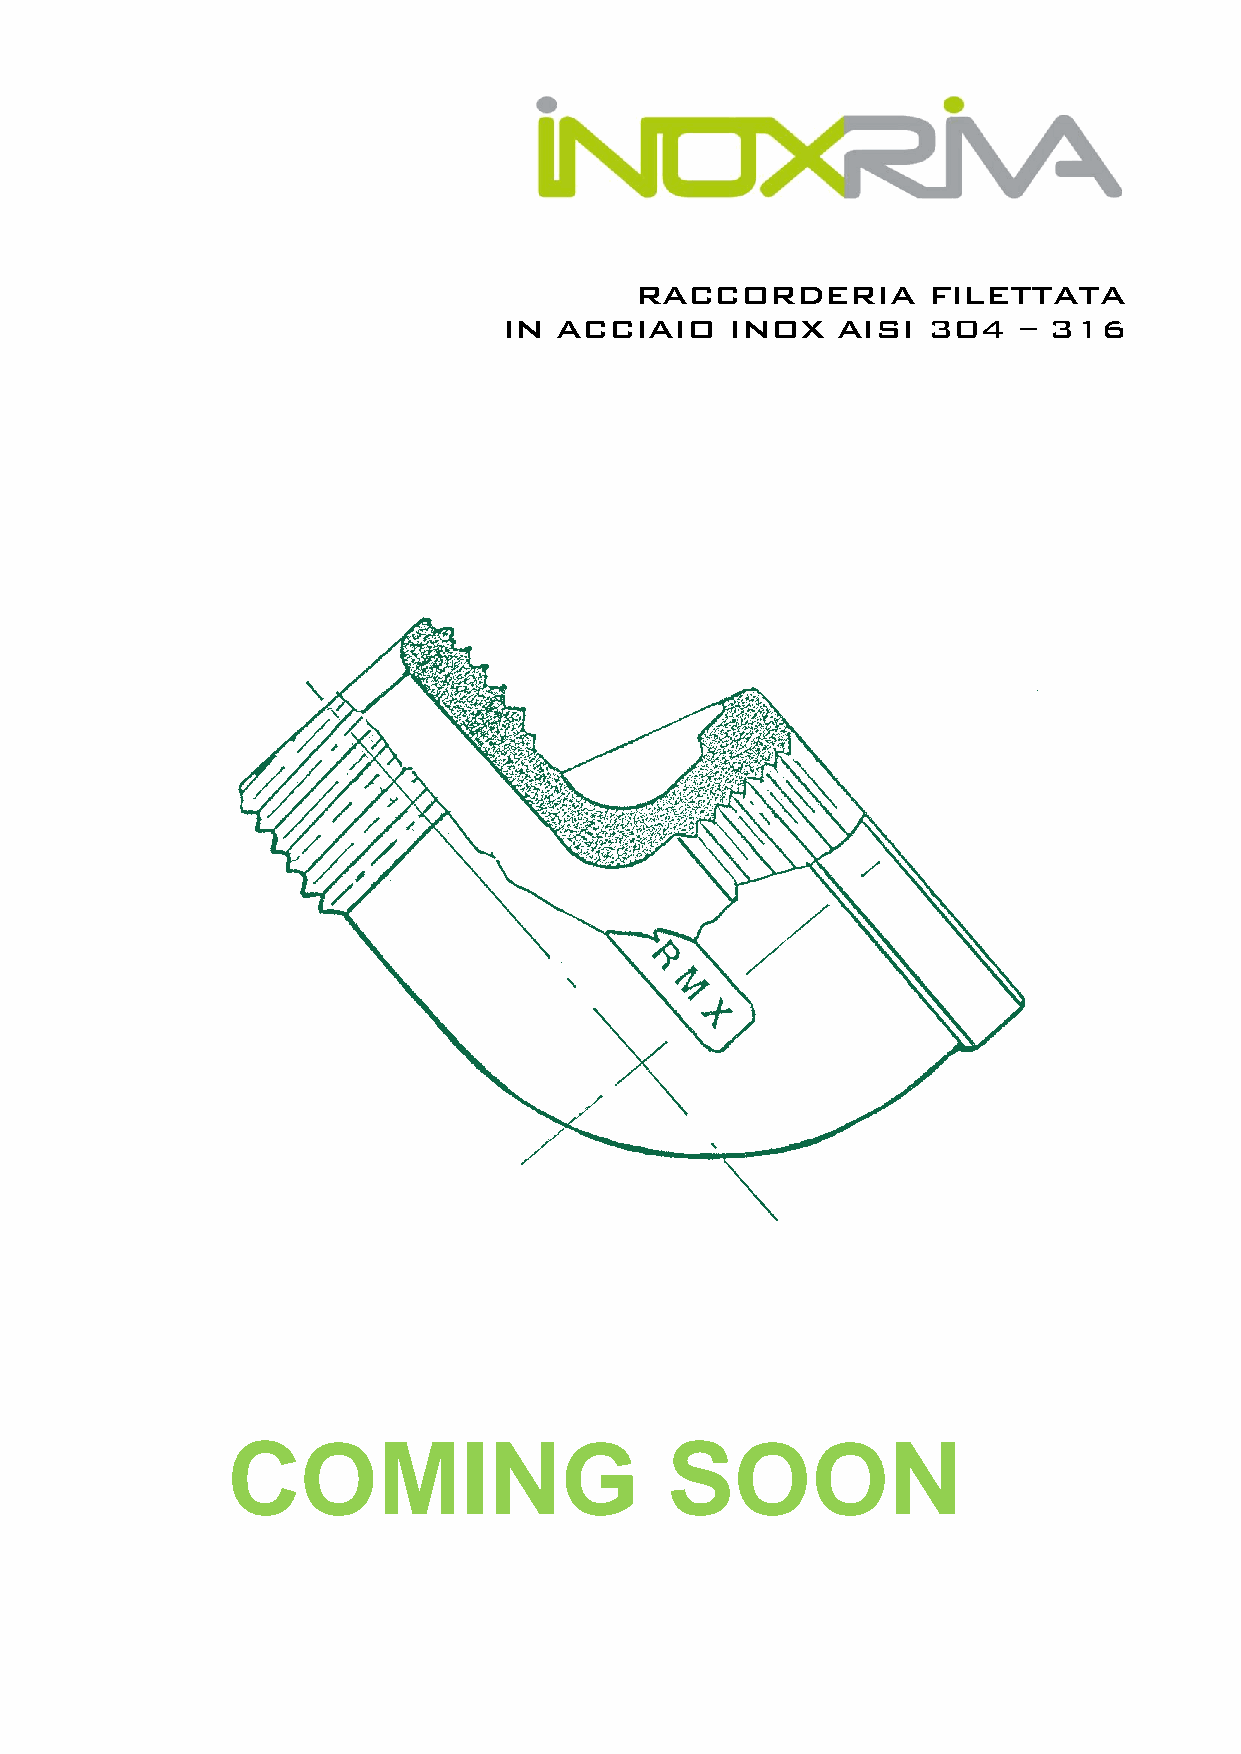
RACCORDERIA        FILETTATA
 IN  ACCIAIO    INOX   AISI  304   – 316
 COMING                       SOON